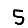
Digit: 5